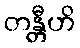
တန္တီဟိ